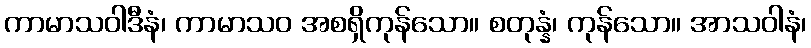
ကာမာသဝါဒီနံ၊ ကာမာသဝ အစရှိကုန်သော။ စတုန္နံ၊ ကုန်သော။ အာသဝါနံ၊